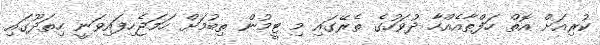
ކުރިއަށް އޮތް ހަފްތާއެއްހާ ދުވަހުގެ ތެރޭގައި މި ޓީމުން ތިބުމަށް ހަމަޖެހިފައިވަނީ ހިތަދޫގައި